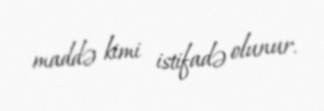
maddə kimi istifadə olunur.